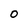
Character: 0